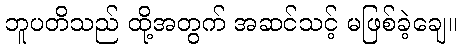
ဘူပတိသည် ထို့အတွက် အဆင်သင့် မဖြစ်ခဲ့ချေ။